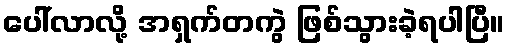
ပေါ်လာလို့ အရှက်တကွဲ ဖြစ်သွားခဲ့ရပါပြီ။